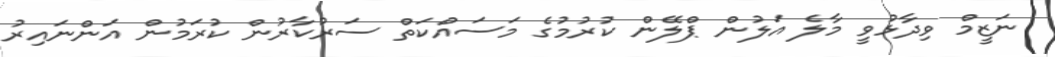
ނަޒީމް ވިދާޅުވީ މާލެ އަލުން ޕްލޭން ކުރުމުގެ މަސައްކަތް ސަރުކާރުން ކުރަމުން އަންނައިރު